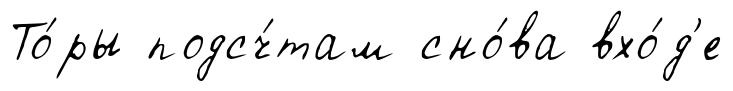
То́ры подсч́там сно́ва вхо́д'е